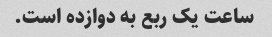
ساعت یک ربع به دوازده است.